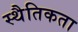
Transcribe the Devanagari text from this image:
स्थैतिकता